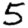
Digit: 5